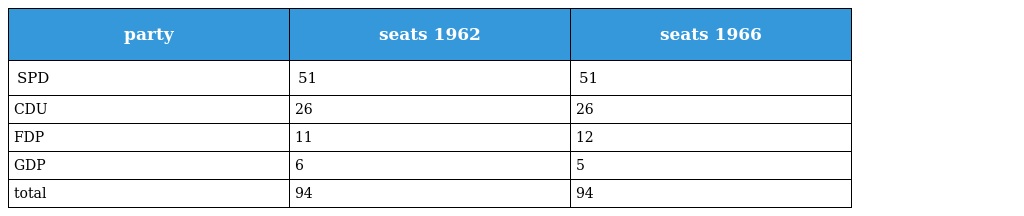
| party | seats 1962 | seats 1966 |
 | --- | --- | --- |
 | SPD | 51 | 51 |
 | CDU | 26 | 26 |
 | FDP | 11 | 12 |
 | GDP | 6 | 5 |
 | total | 94 | 94 |